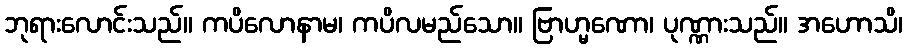
ဘုရားလောင်းသည်။ ကပိလောနာမ၊ ကပိလမည်သော။ ဗြာဟ္မဏော၊ ပုဏ္ဏားသည်။ အဟောသိ၊